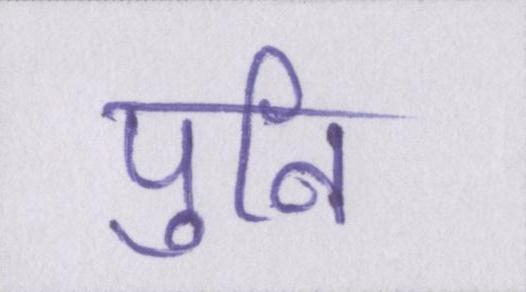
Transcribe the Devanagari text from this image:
पुनि